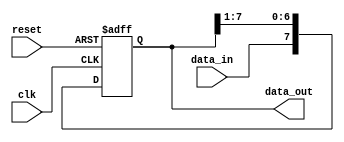
module SIPO_shift_register (
    input data_in,       // serial input data
    input clk,           // clock signal
    input reset,         // reset signal
    output reg [7:0] data_out // parallel output data
);

reg [7:0] shift_register; // internal shift register

always @(posedge clk or posedge reset) begin
    if (reset) begin
        shift_register <= 8'b0; // reset the shift register
    end else begin
        shift_register <= {data_in, shift_register[7:1]}; // shift in the input data
    end
end

assign data_out = shift_register; // output the parallel data

endmodule